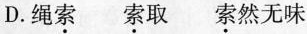
D.绳索 索取 索然无味